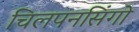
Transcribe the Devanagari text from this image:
चिलपनसिंगो